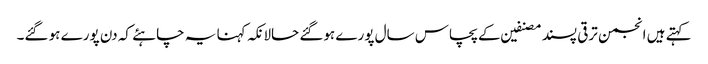
کہتے ہیں انجمن ترقی پسند مصنفین کے پچاس سال پورے ہوگئے حالانکہ کہنا یہ چاہئے کہ دن پورے ہو گئے۔